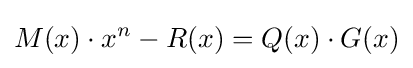
M(x)\cdot x^{n}-R(x)=Q(x)\cdot G(x)